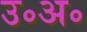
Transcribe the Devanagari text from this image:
उ॰अ॰